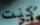
كنت